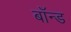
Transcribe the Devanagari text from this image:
बाँन्ड